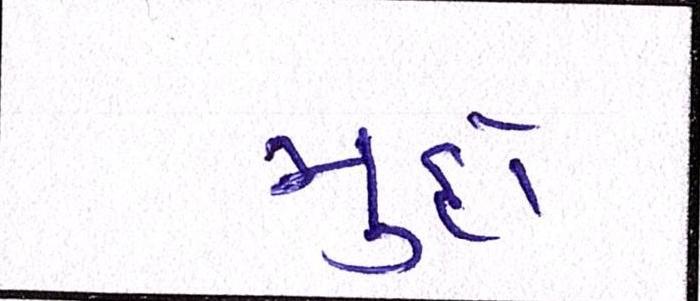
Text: મુદો